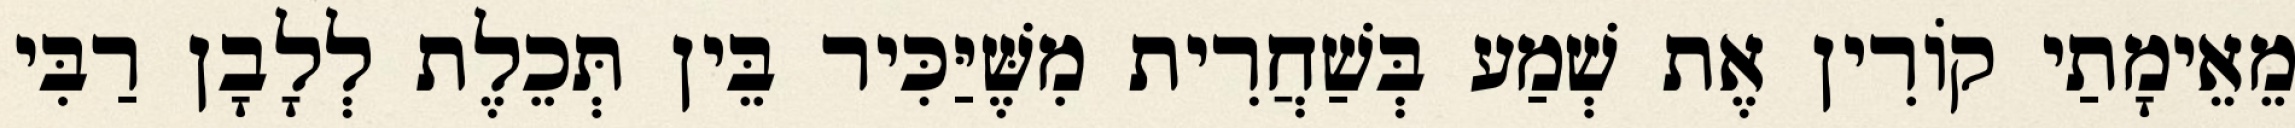
מֵאֵימָתַי קוֹרִין אֶת שְׁמַע בְּשַׁחֲרִית מִשֶּׁיַּכִּיר בֵּין תְּכֵלֶת לְלָבָן רַבִּי